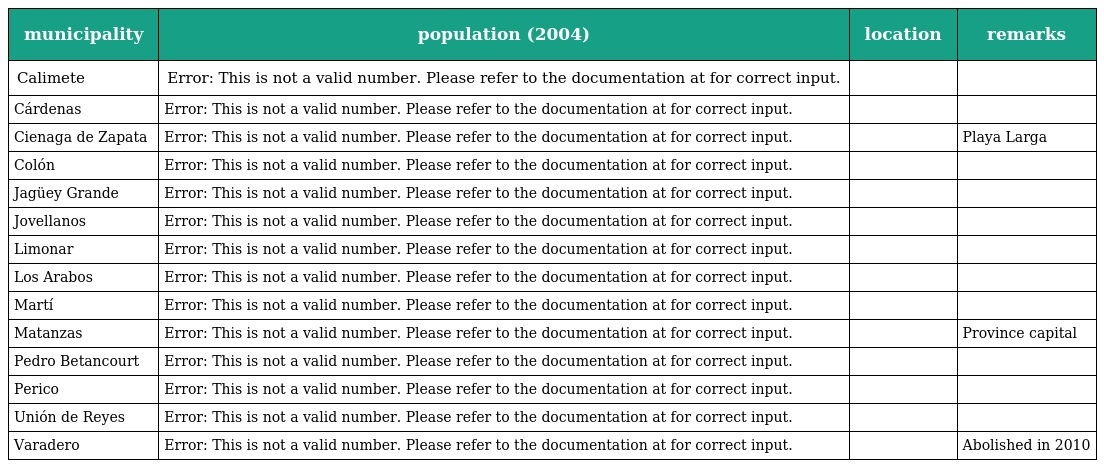
| municipality | population (2004) | location | remarks |
 | --- | --- | --- | --- |
 | Calimete | Error: This is not a valid number. Please refer to the documentation at for correct input. |  |  |
 | Cárdenas | Error: This is not a valid number. Please refer to the documentation at for correct input. |  |  |
 | Cienaga de Zapata | Error: This is not a valid number. Please refer to the documentation at for correct input. |  | Playa Larga |
 | Colón | Error: This is not a valid number. Please refer to the documentation at for correct input. |  |  |
 | Jagüey Grande | Error: This is not a valid number. Please refer to the documentation at for correct input. |  |  |
 | Jovellanos | Error: This is not a valid number. Please refer to the documentation at for correct input. |  |  |
 | Limonar | Error: This is not a valid number. Please refer to the documentation at for correct input. |  |  |
 | Los Arabos | Error: This is not a valid number. Please refer to the documentation at for correct input. |  |  |
 | Martí | Error: This is not a valid number. Please refer to the documentation at for correct input. |  |  |
 | Matanzas | Error: This is not a valid number. Please refer to the documentation at for correct input. |  | Province capital |
 | Pedro Betancourt | Error: This is not a valid number. Please refer to the documentation at for correct input. |  |  |
 | Perico | Error: This is not a valid number. Please refer to the documentation at for correct input. |  |  |
 | Unión de Reyes | Error: This is not a valid number. Please refer to the documentation at for correct input. |  |  |
 | Varadero | Error: This is not a valid number. Please refer to the documentation at for correct input. |  | Abolished in 2010 |